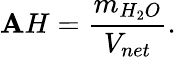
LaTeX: \mathbf{A}H={\frac{{m_{H_{2}O}}}{{V_{net}}}}.